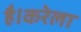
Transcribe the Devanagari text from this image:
है।करेला